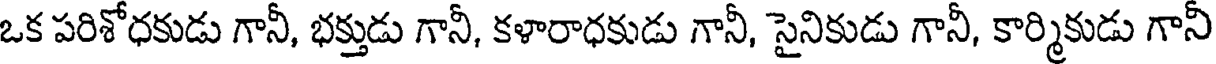
ఒక పరిశోధకుడు గానీ, భక్తుడు గానీ, కళారాధకుడు గానీ, సైనికుడు గానీ, కార్మికుడు గానీ